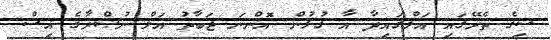
ޟިގެ ތެރޭގައި އަލްޤައިދާ އާ ގުޅުން އޮންނަ ޖަބާތު އަލް ނުޞްރާގެ އިސް